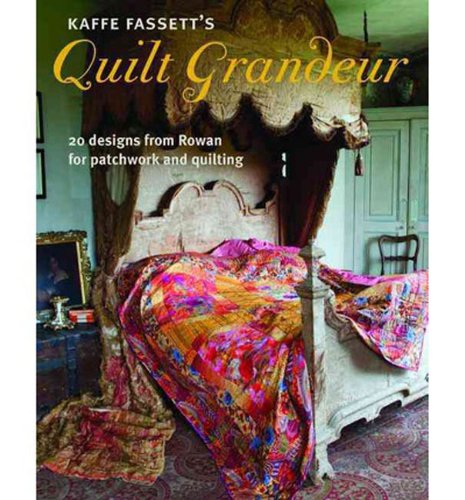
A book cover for Kaffe Fassett's Quilt Grandeur: 20 designs from Rowan for patchwork and quilting; Kaffe Fassett; Crafts, Hobbies & Home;